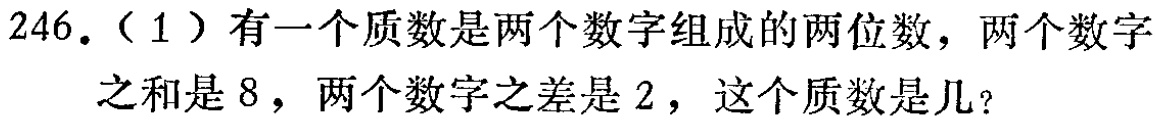
246.（1）有一个质数是两个数字组成的两位数，两个数字之和是8，两个数字之差是2，这个质数是几？